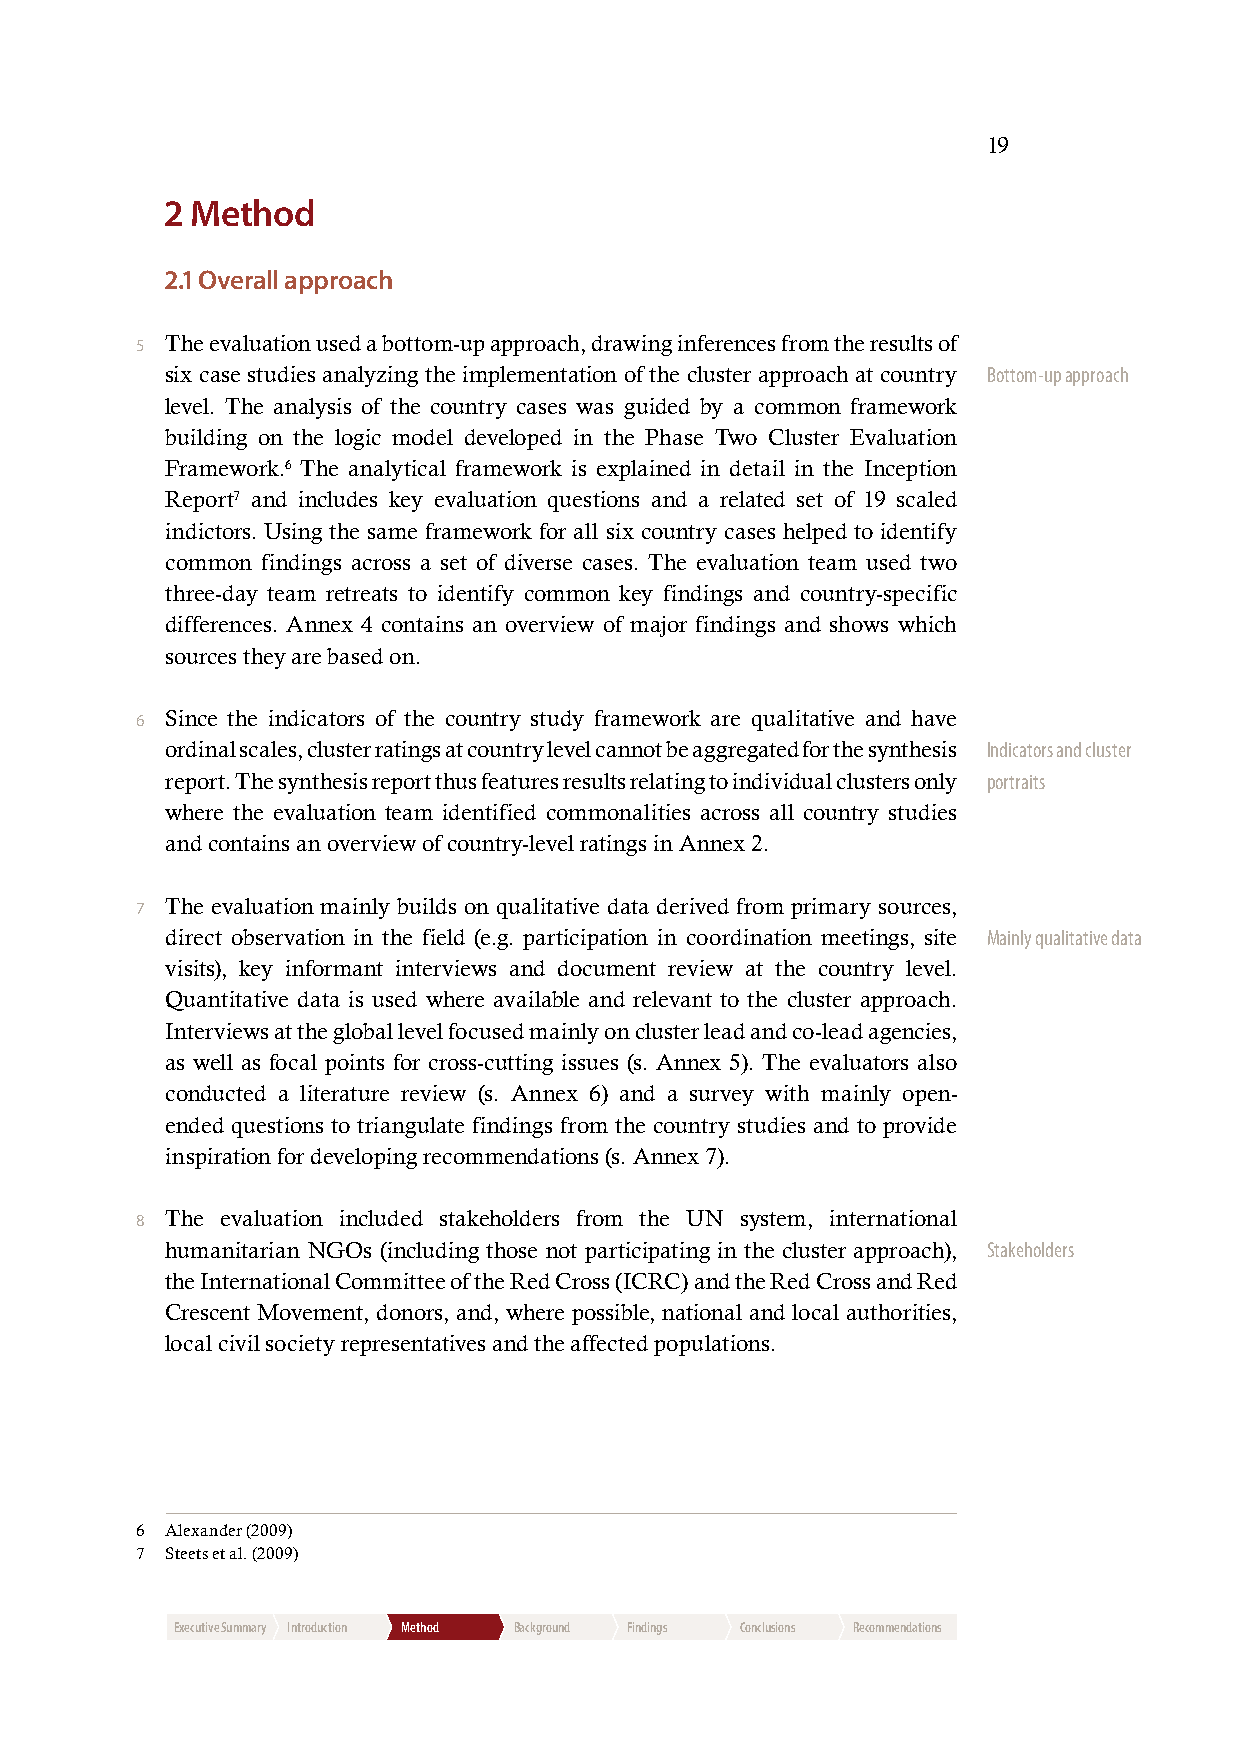
19
 2 Method
 2.1 Overall approach
 5 The evaluation used a bottom-up approach, drawing inferences from the results of
 six case studies analyzing the implementation of the cluster approach at country Bottom-up approach
 level. The analysis of the country cases was guided by a common framework
 building on the logic model developed in the Phase Two Cluster Evaluation
 Framework.6 The analytical framework is explained in detail in the Inception
 Report7 and includes key evaluation questions and a related set of 19 scaled
 indictors. Using the same framework for all six country cases helped to identify
 common findings across a set of diverse cases. The evaluation team used two
 three-day team retreats to identify common key findings and country-specific
 differences. Annex 4 contains an overview of major findings and shows which
 sources they are based on.
 6 Since the indicators of the country study framework are qualitative and have
 ordinal scales, cluster ratings at country level cannot be aggregated for the synthesis Indicators and cluster
 report. The synthesis report thus features results relating to individual clusters only portraits
 where the evaluation team identified commonalities across all country studies
 and contains an overview of country-level ratings in Annex 2.
 7 The evaluation mainly builds on qualitative data derived from primary sources,
 direct observation in the field (e.g. participation in coordination meetings, site Mainly qualitative data
 visits), key informant interviews and document review at the country level.
 Quantitative data is used where available and relevant to the cluster approach.
 Interviews at the global level focused mainly on cluster lead and co-lead agencies,
 as well as focal points for cross-cutting issues (s. Annex 5). The evaluators also
 conducted a literature review (s. Annex 6) and a survey with mainly open-
 ended questions to triangulate findings from the country studies and to provide
 inspiration for developing recommendations (s. Annex 7).
 8 The evaluation included stakeholders from the UN system, international
 humanitarian NGOs (including those not participating in the cluster approach), Stakeholders
 the International Committee of the Red Cross (ICRC) and the Red Cross and Red
 Crescent Movement, donors, and, where possible, national and local authorities,
 local civil society representatives and the affected populations.
 6 Alexander (2009)
 7 Steets et al. (2009)
 Executive Summary Introduction Method Background Findings Conclusions Recommendations